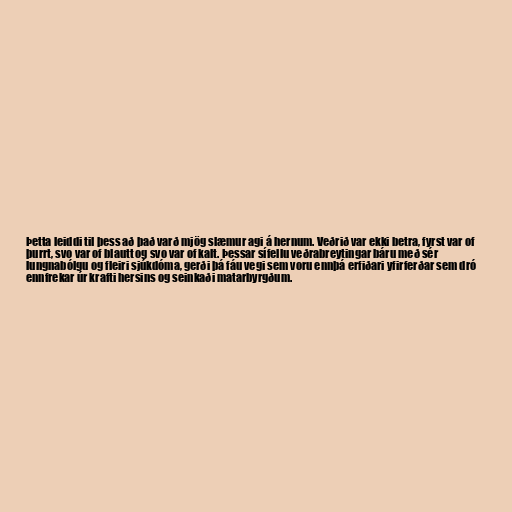
Þetta leiddi til þess að það varð mjög slæmur agi á hernum. Veðrið var ekki betra, fyrst var of
þurrt, svo var of blautt og svo var of kalt. Þessar sífellu veðrabreytingar báru með sér
lungnabólgu og fleiri sjúkdóma, gerði þá fáu vegi sem voru ennþá erfiðari yfirferðar sem dró
ennfrekar úr krafti hersins og seinkaði matarbyrgðum.